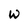
Character: W